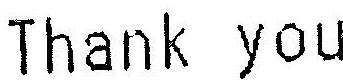
THANK YOU